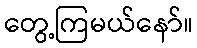
တွေ့ကြမယ်နော်။